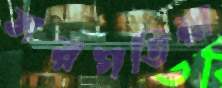
সরগতিয়া